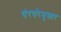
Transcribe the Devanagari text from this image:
पंरपरेनुसार